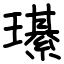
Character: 𤪌